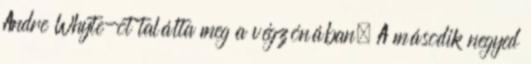
Andre Whyte-ot találta meg a végzónában. A második negyed